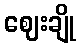
ဈေးချို